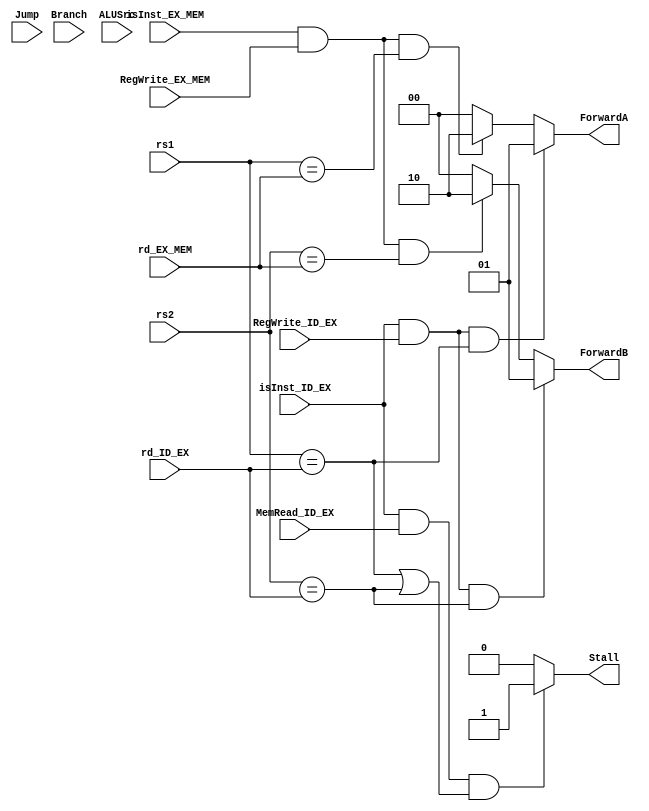
module Data_Hazard_Unit(
	input wire isInst_ID_EX,
	input wire isInst_EX_MEM,
	input wire [1:0] rs1,
	input wire [1:0] rs2,
	input wire [1:0] rd_ID_EX,
	input wire [1:0] rd_EX_MEM,
	input wire MemRead_ID_EX,
	input wire RegWrite_ID_EX,
	input wire RegWrite_EX_MEM,
	input wire Jump,
	input wire Branch,
	input wire ALUSrc,
	output reg [1:0] ForwardA,
	output reg [1:0] ForwardB,
	output reg Stall
);
	always @(*) begin
		//rs1
		if(isInst_ID_EX && RegWrite_ID_EX && (rs1 == rd_ID_EX)) begin
			ForwardA <= 2'b1;
		end
		else if(isInst_EX_MEM && RegWrite_EX_MEM && (rs1 == rd_EX_MEM)) begin
			ForwardA <= 2'b10;
		end
		else begin
			ForwardA <= 2'b0;
		end
		if(isInst_ID_EX && RegWrite_ID_EX && (rs2 == rd_ID_EX)) begin
			ForwardB <= 2'b1;
		end
		else if(isInst_EX_MEM && RegWrite_EX_MEM && (rs2 == rd_EX_MEM)) begin
			ForwardB <= 2'b10;
		end
		else begin
			ForwardB <= 2'b0;
		end
		//stall
		if(isInst_ID_EX && MemRead_ID_EX && (rs1 == rd_ID_EX || rs2 == rd_ID_EX)) begin
			Stall <= 1'b1;
		end
		else begin
			Stall <= 1'b0;
		end
	end
endmodule